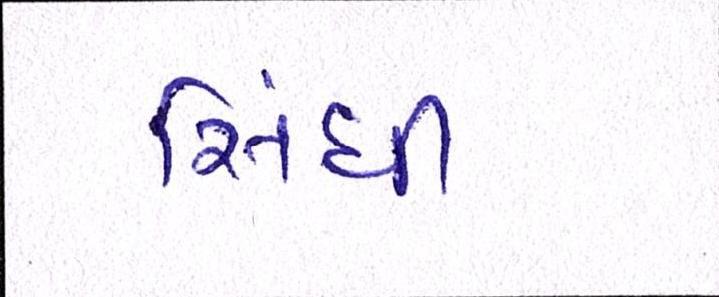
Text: સિંધી